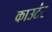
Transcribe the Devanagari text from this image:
काउटंर